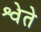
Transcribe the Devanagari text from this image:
श्वेते